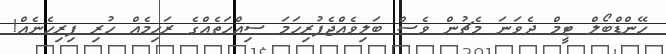
ހޭންޑްބޯލް ޓީމް ދެވަނަ މެޗުން ވެސް ބަލިވެއްޖެފުރިހަމަ ސިއްހަތެއްގެ ރަހިމެއް ހުރި ފިރިހެނެއް!